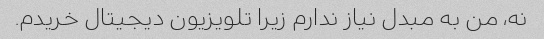
نه، من به مبدل نیاز ندارم زیرا تلویزیون دیجیتال خریدم.